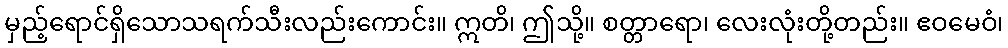
မှည့်ရောင်ရှိသောသရက်သီးလည်းကောင်း။ ဣတိ၊ ဤသို့။ စတ္တာရော၊ လေးလုံးတို့တည်း။ ဧဝမေဝံ၊